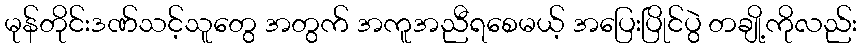
မုန်တိုင်းဒဏ်သင့်သူတွေ အတွက် အကူအညီရစေမယ့် အပြေးပြိုင်ပွဲ တချို့ကိုလည်း